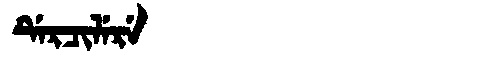
Manchu: ᡩᡝᡵᠴᡳᠯᡝᡵᡝ
Romanization: DERCILERE